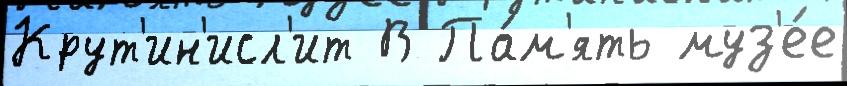
Крут'ин'исл'ит В Па́м'ять муз'е́е